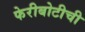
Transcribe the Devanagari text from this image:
फेरीबोटीची